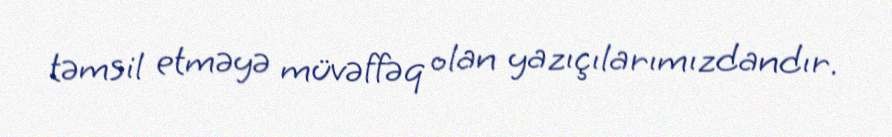
təmsil etməyə müvəffəq olan yazıçılarımızdandır.